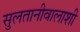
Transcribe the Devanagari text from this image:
सुलतानीवालाशी